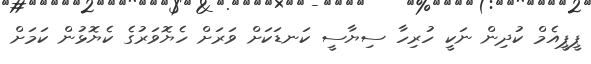
ޕީޕީއެމް ކުދިން ނަކީ ހުރިހާ ސިޔާސީ ކަނޑަކަށް ވަރަށް ހެޔޮވަރުގެ ކެޔޮޅުން ކަމަށް